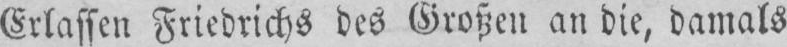
Erlassen Friedrichs des Großen an die, damals